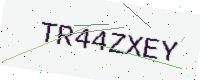
Text: TR44ZXEY